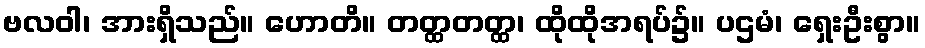
ဗလဝါ၊ အားရှိသည်။ ဟောတိ။ တတ္ထတတ္ထ၊ ထိုထိုအရပ်၌။ ပဌမံ၊ ရှေးဦးစွာ။